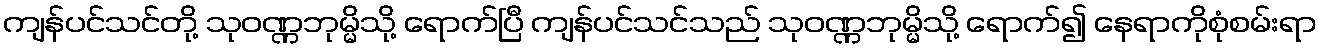
ကျန်ပင်သင်တို့ သုဝဏ္ဏဘုမ္မိသို့ ရောက်ပြီ ကျန်ပင်သင်သည် သုဝဏ္ဏဘုမ္မိသို့ ရောက်၍ နေရာကိုစုံစမ်းရာ